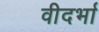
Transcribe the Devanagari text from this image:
वीदर्भा